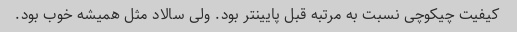
کیفیت چیکوچی نسبت به مرتبه قبل پایینتر بود. ولی سالاد مثل همیشه خوب بود.